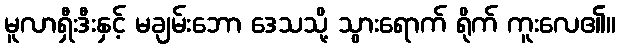
မူလာရှီးဒီးနှင့် မချမ်းဘော ဒေသသို့ သွားရောက် ရိုက် ကူးလေ၏။